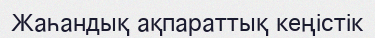
Жаһандық ақпараттық кеңістік